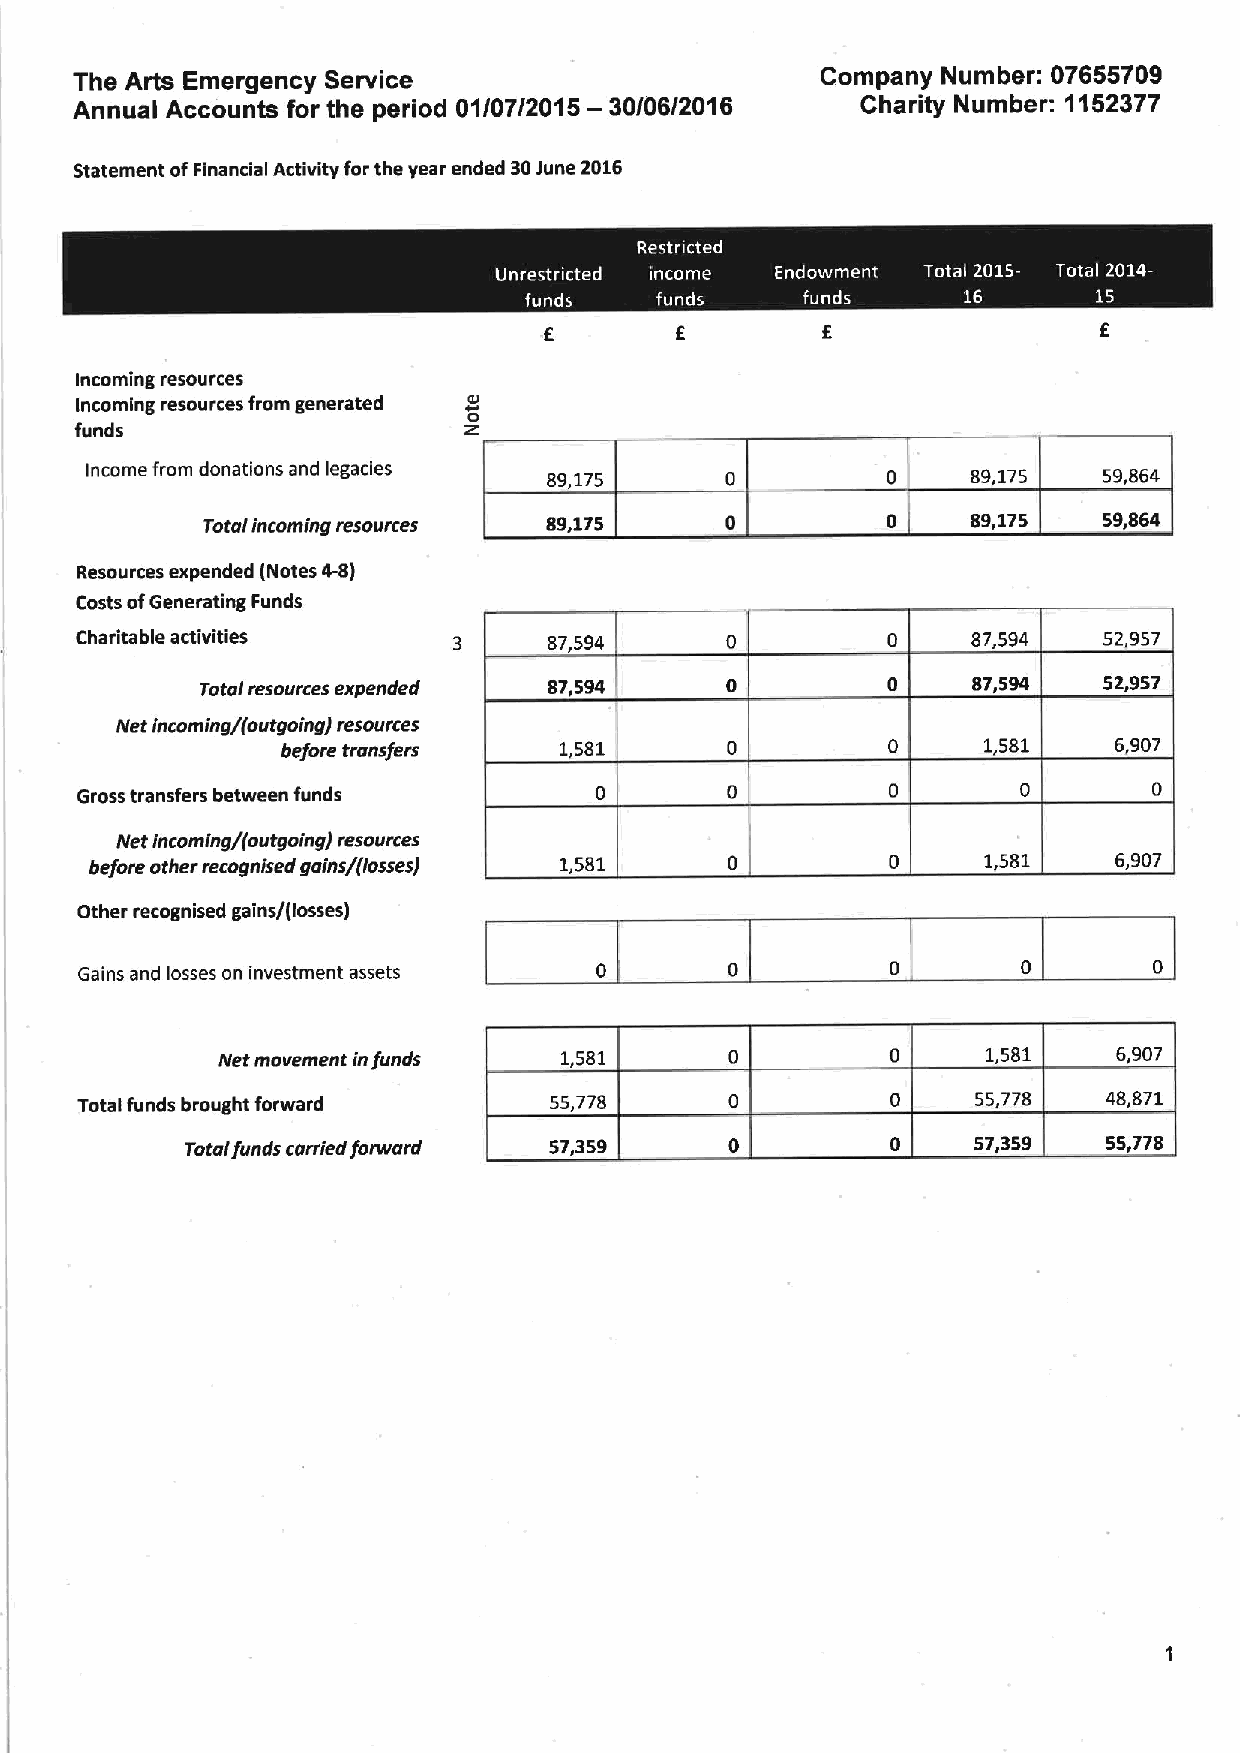
The Arts Emergency Service                       Company Number: 07655709
 Annual Accounts for the period 01/07/2015 — 30/06/2016 Charity Number: 1152377
 Statement ofFinancial Activity for the year ended 30June 2016
 ~  I     ~  I
 Incoming resources
 o
 Incoming resources from generated +o
 funds
 Income from donations and legacies 89,175                 89,175   59,864
 Totalincoming resources 89,175                     89,175   59,864
 Resources expended (Notes 4-8)
 Costs ofGenerating Funds
 Charitable activities          87,594                      87,594   52,957
 Total resources expended 87,594                    87,594   52,957
 Net incoming/(outgoing/ resources
 before transfers  1,581                       1,581    6,907
 Gross transfers between funds
 Net incoming/(outgoing/ resources
 before other mcognised gains/(losses/ 1,581                1,581    6,907
 Other recognised gains/(losses)
 Gains and losses on investment assets
 Net movement infunds   1,581                       1,581    6,907
 Total funds brought forward    55,778                       55,778  48,871
 Totalfunds carried forward 57,359                    57,359  55,778